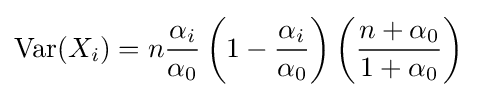
\operatorname {Var} (X_{i})=n{\frac {\alpha _{i}}{\alpha _{0}}}\left(1-{\frac {\alpha _{i}}{\alpha _{0}}}\right)\left({\frac {n+\alpha _{0}}{1+\alpha _{0}}}\right)